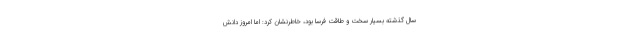
سال گذشته بسیار سخت و طاقت فرسا بود، خاطرنشان کرد: اما امروز دانش